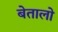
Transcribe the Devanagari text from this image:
बेतालो